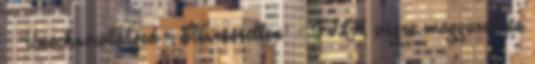
- 'Unacknowledged - Elismeretlen' - FILM végre magyarul és